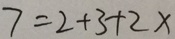
7 = 2 + 3 + 2 x